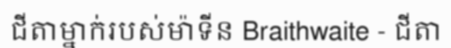
ជីតាម្នាក់របស់ម៉ាទីន Braithwaite - ជីតា